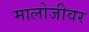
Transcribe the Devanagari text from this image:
मालोजीवर